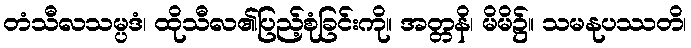
တံသီလသမ္ပဒံ၊ ထိုသီလ၏ပြည့်စုံခြင်းကို။ အတ္တနိ၊ မိမိ၌။ သမနုပဿတိ၊